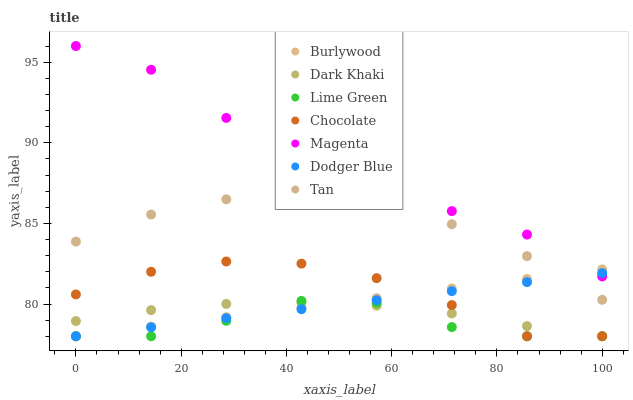
| xaxis_label | Burlywood | Dark Khaki | Lime Green | Chocolate | Magenta | Dodger Blue | Tan |
 | --- | --- | --- | --- | --- | --- | --- | --- |
 | 0 | 78 | 78.9 | 78 | 80.6 | 96 | 78 | 83.9 |
 | 14.3 | 78.6 | 79.6 | 78 | 82 | 94.5 | 78.6 | 85.5 |
 | 28.6 | 79.2 | 80 | 79 | 82.6 | 91.5 | 79.1 | 86.5 |
 | 42.9 | 79.8 | 80.1 | 80.2 | 82.5 | 89.5 | 79.7 | 86.7 |
 | 57.1 | 80.4 | 79.9 | 80.1 | 81.6 | 87.3 | 80.2 | 86.2 |
 | 71.4 | 81 | 79.4 | 78.6 | 79.9 | 85.8 | 80.8 | 84.9 |
 | 85.7 | 81.6 | 78.6 | 78 | 78 | 84.3 | 81.4 | 83 |
 | 100 | 82.1 | 78 | 78 | 78 | 81.7 | 81.9 | 80.3 |